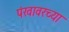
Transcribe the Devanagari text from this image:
पंखावरच्या